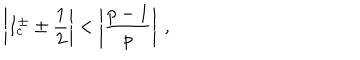
\left| I _ { c } ^ { \pm } \pm \displaystyle \frac { 1 } { 2 } \right| < \left| \displaystyle \frac { p - 1 } { p } \right| \: ,